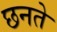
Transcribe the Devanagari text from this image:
छनते